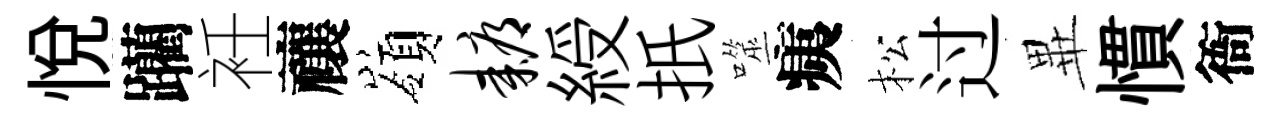
悦躪衽禳嶺耨綬扺噬痍松过𭺾慣衙